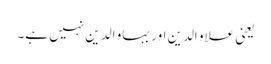
یعنی علاو الدین اور بہاو الدین نہیں ہے۔